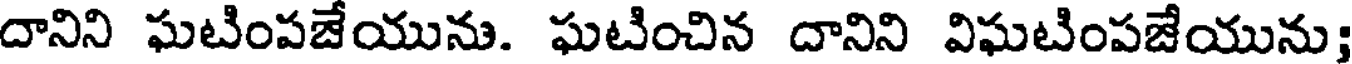
దానిని ఘటింపజేయును. ఘటించిన దానిని విఘటింపజేయును